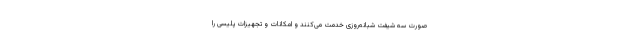
صورت سه شیفت شبانه‌روزی خدمت می‌کنند و امکانات و تجهیزات پلیسی را